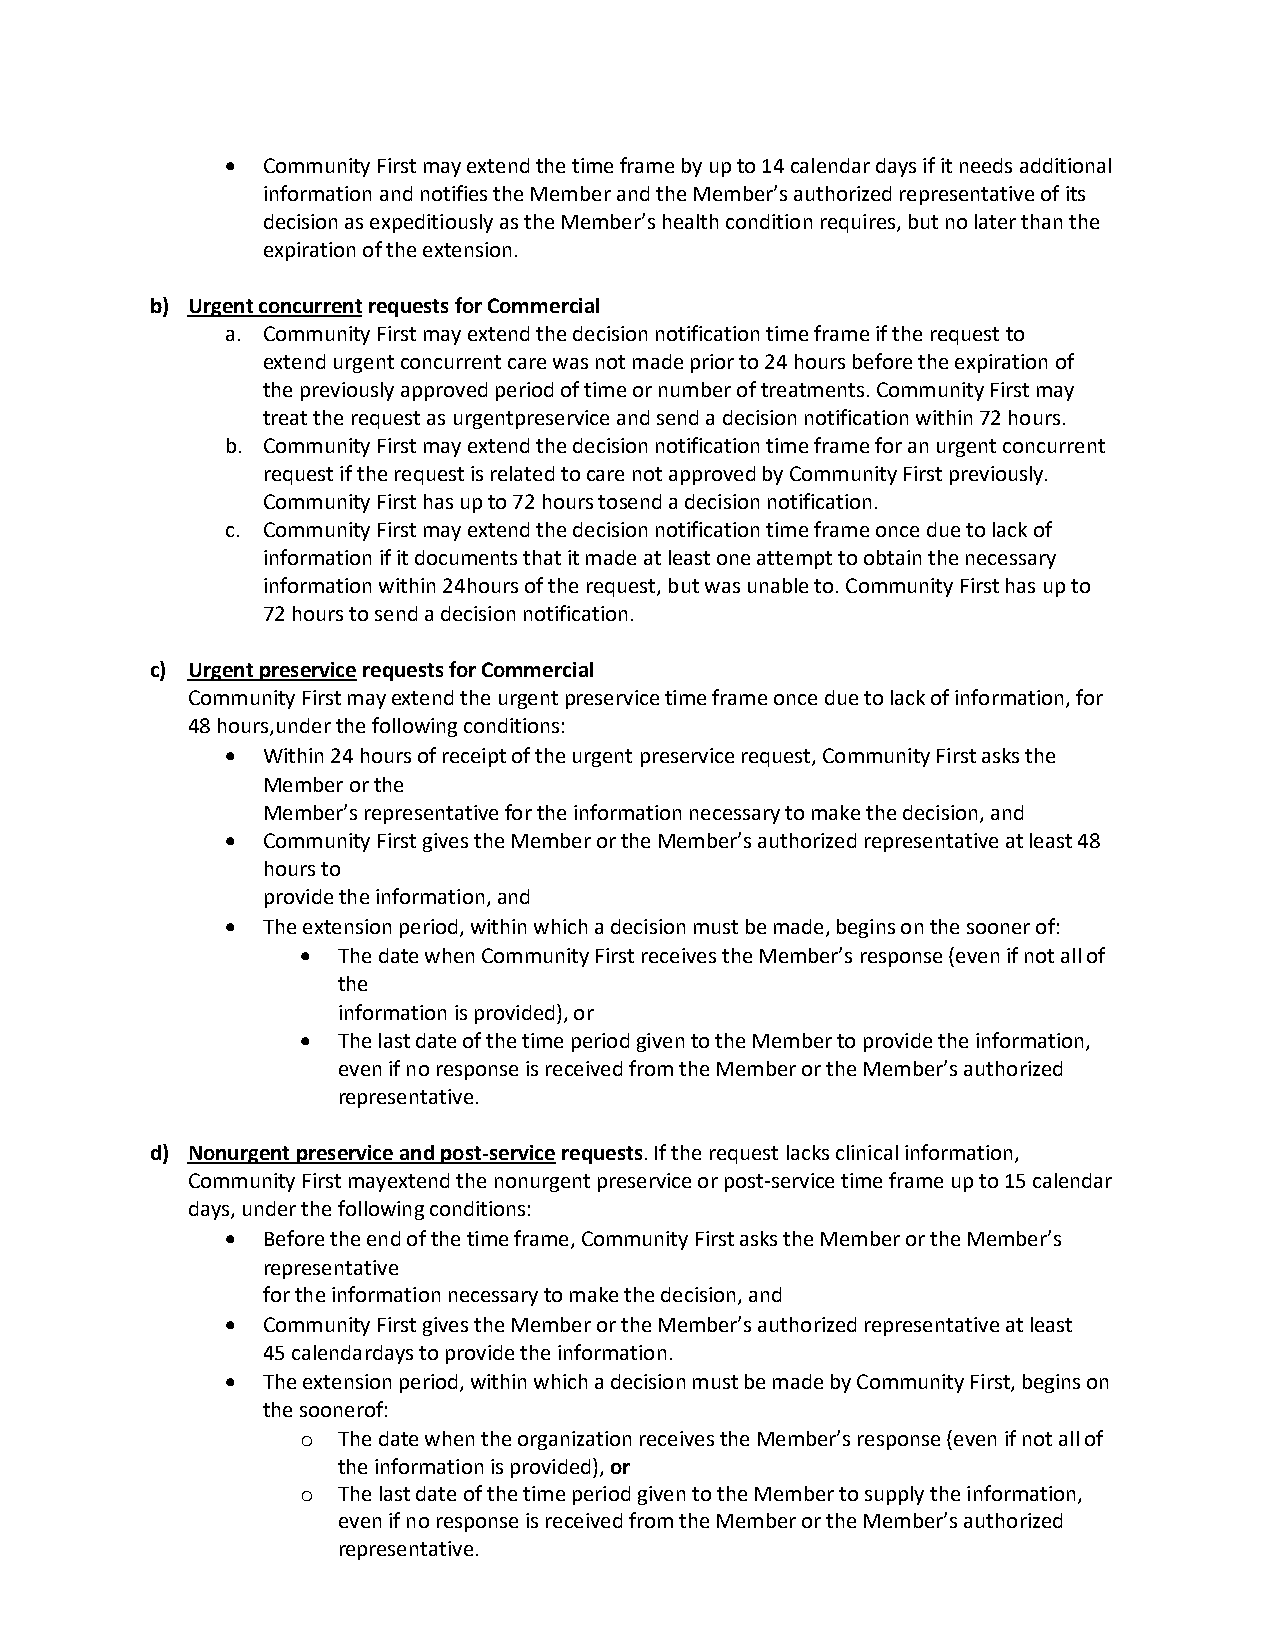
• Community First may extend the time frame by up to 14 calendar days if it needs additional
 information and notifies the Member and the Member’s authorized representative of its
 decision as expeditiously as the Member’s health condition requires, but no later than the
 expiration of the extension.
 b) Urgent concurrent requests for Commercial
 a. Community First may extend the decision notification time frame if the request to
 extend urgent concurrent care was not made prior to 24 hours before the expiration of
 the previously approved period of time or number of treatments. Community First may
 treat the request as urgent preservice and send a decision notification within 72 hours.
 b. Community First may extend the decision notification time frame for an urgent concurrent
 request if the request is related to care not approved by Community First previously.
 Community First has up to 72 hours to send a decision notification.
 c. Community First may extend the decision notification time frame once due to lack of
 information if it documents that it made at least one attempt to obtain the necessary
 information within 24 hours of the request, but was unable to. Community First has up to
 72 hours to send a decision notification.
 c) Urgent preservice requests for Commercial
 Community First may extend the urgent preservice time frame once due to lack of information, for
 48 hours, under the following conditions:
 • Within 24 hours of receipt of the urgent preservice request, Community First asks the
 Member or the
 Member’s representative for the information necessary to make the decision, and
 • Community First gives the Member or the Member’s authorized representative at least 48
 hours to
 provide the information, and
 • The extension period, within which a decision must be made, begins on the sooner of:
 • The date when Community First receives the Member’s response (even if not all of
 the
 information is provided), or
 • The last date of the time period given to the Member to provide the information,
 even if no response is received from the Member or the Member’s authorized
 representative.
 d) Nonurgent preservice and post-service requests. If the request lacks clinical information,
 Community First may extend the nonurgent preservice or post-service time frame up to 15 calendar
 days, under the following conditions:
 • Before the end of the time frame, Community First asks the Member or the Member’s
 representative
 for the information necessary to make the decision, and
 • Community First gives the Member or the Member’s authorized representative at least
 45 calendar days to provide the information.
 • The extension period, within which a decision must be made by Community First, begins on
 the sooner of:
 o The date when the organization receives the Member’s response (even if not all of
 the information is provided), or
 o The last date of the time period given to the Member to supply the information,
 even if no response is received from the Member or the Member’s authorized
 representative.